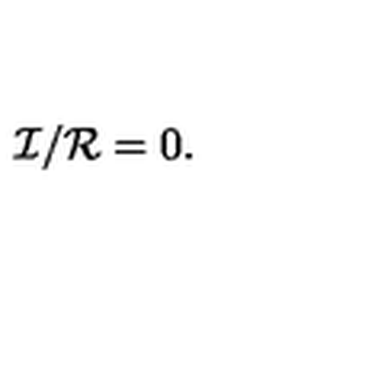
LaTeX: { \mathcal { I } } / { \mathcal { R } } = 0 .